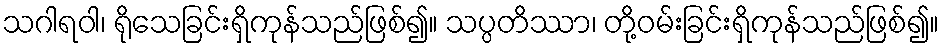
သဂါရဝါ၊ ရိုသေခြင်းရှိကုန်သည်ဖြစ်၍။ သပ္ပတိဿာ၊ တို့ဝမ်းခြင်းရှိကုန်သည်ဖြစ်၍။